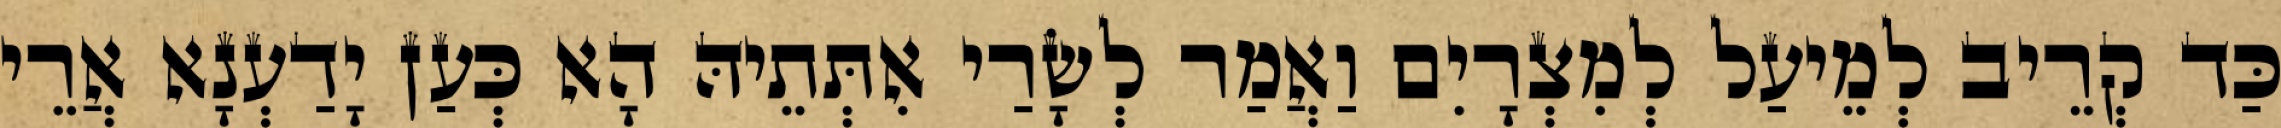
כַּד קְרֵיב לְמֵיעַל לְמִצְרָיִם וַאֲמַר לְשָׂרַי אִתְּתֵיהּ הָא כְּעַן יָדַעְנָא אֲרֵי